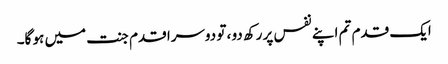
ایک قدم تم اپنے نفس پر رکھ دو ، تو دوسرا قدم جنت میں ہو گا۔